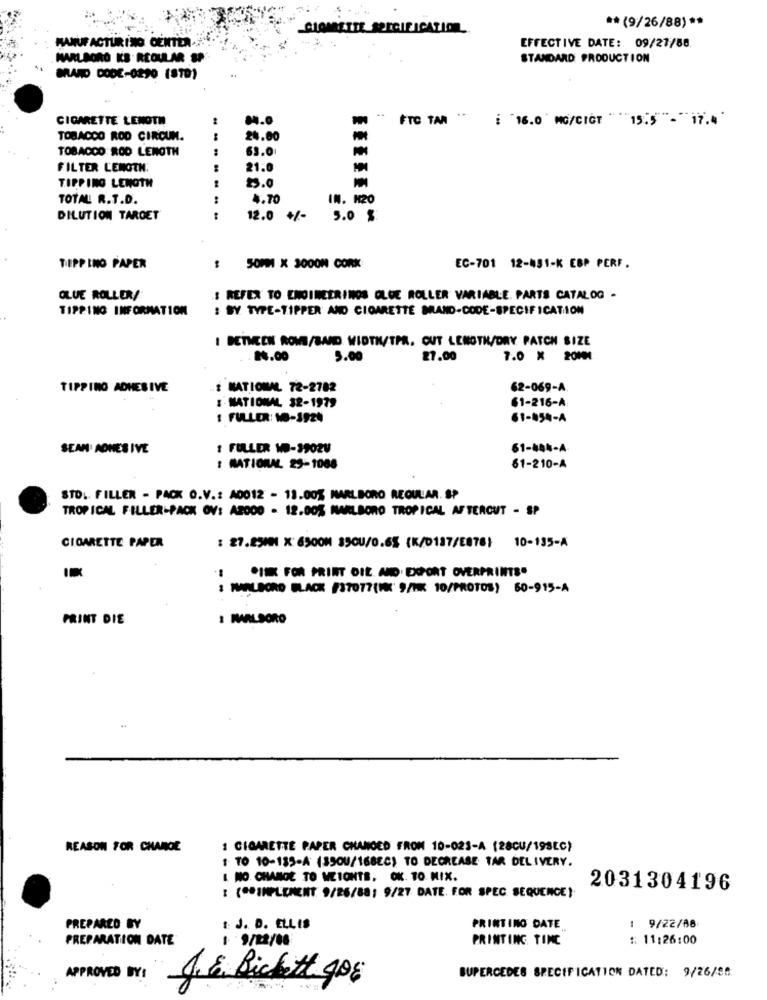
** (9/26/88) **
LOARETHE SPECIFICATION
MANUFACTURING CENTER-
EFFECTIVE DATE: 09/27/80
MARLBORO KB. REGULAR SP
STANDARD PRODUCTION
MARD DODE-0290 (870)
CIGARETTE LENOTH
FTC TAR
: 16.0 MG/CICT " "15.5 "- "17.4'
TOBACCO ROD CIRCUN.
24.00
63.0
TOBACCO ROD LENGTH
...
FILTER LENGTH:
21.0
TIPPING LENGTH
23.0
TOTAL R.T.D.
4.70
IN. M20
DILUTION TARDET
12.0 +/-
5.0 $
TIPP INO PAPER
50MM X 3000M CORK
EC-701 12-451-K EBP PERF.
GLUE ROLLEN/
I REFER TO ENGINEERINOS GLUE ROLLER VARIABLE. PARTS CATALOG -
TIPPING INFORMATION
: BY TYPE-TIPPER AND CIGARETTE MAND-CODE-SPECIFICATION
I BETWEEN ROWS/BAND WIDTH/TPR. CUT LENGTH/DRY PATCH SIZE
24.00
5.00
27.00
7.0 × 20MM
TIPPINO ADHESIVE
I NATIONAL 72-2782
62-069-A
I NATIONAL 32-1979
61-216-A
1 FULLER: 10-1924
61-054-A
SEAN ADHESIVE
: FULLER WO-3902V
61-84%-A
I NATIONAL 22-1088
61-210-A
STO. FILLER - PACK O.V .: A0012 - 13.00% MARLBORO REGULAR. SP
TROPICAL FILLER-PACK OV: A2000 - 12.005 MARLBORO TROPICAL AFTERCUT - SP
CIGARETTE PAPER
: 27.25MM X: 6500M 350U/0.65 (K/0137/E876) 10-135-A
PINK FOR PRINT DIE. AND . EXPORT OVERPRINTS"
: MARLBORO BLACK #37077(10X' 9/MK 10/PROTOS) 60-915-A
PRINT DIE
: MALSORO
REASON FOR CHANGE
1 CIGARETTE PAPER CHANGED FROM 10-023-A (28CU/19SEC)
1 TO 10-135-A (350U/168EC) TO DECREASE TAR DELIVERY.
L NO CHANGE TO MEIONTS, OK. TO MIX.
: {"SIMPLEMENT 9/26/88; 9/27 DATE. FOR SPEC SEQUENCE!
2031304196
PREPARED BY
:: J. D. ELLIS
PRINTING DATE
: 9/22/88
PREPARATION DATE
1 9/22/08
PRINTING. TIME
:: 11:26:00
APPROVED BY!
J. 8. Bickett 908
BUPERCEDES SPECIFICATION DATED: 9/26/85